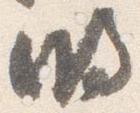
明